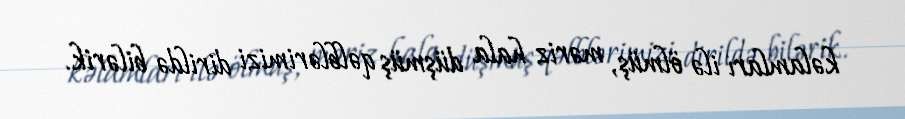
kəlamları ilə ölmüş, məriz hala düşmüş qəlblərimizi dirildə bilərik.